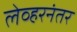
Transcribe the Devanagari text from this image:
लेव्हरनंतर